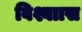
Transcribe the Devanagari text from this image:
विश्वाास